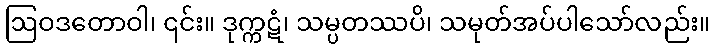
ဩဝဒတောဝါ၊ ၎င်း။ ဒုက္ကဋံ၊ သမ္ပတဿပိ၊ သမုတ်အပ်ပါသော်လည်း။